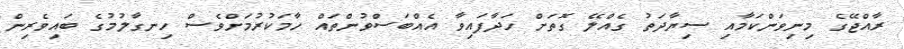
ރާއްޖޭގެ މިނިވަންކަމާއި ސިޔާދަތު ގެއްލޭ ގޮތަށް ހަދާފައިވާ އެއްބަސްވުންތައް ހާމަކުރުމަށްވެސް ހިނގާލުމުގެ ބައިވެރިން